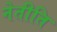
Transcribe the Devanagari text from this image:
नेतीति